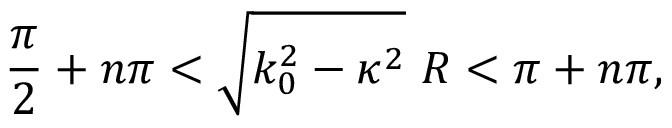
\frac { \pi } { 2 } + n \pi < \sqrt { k _ { 0 } ^ { 2 } - \kappa ^ { 2 } } \ R < \pi + n \pi ,